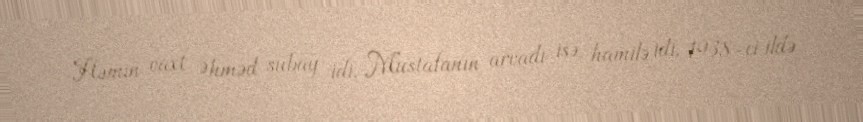
Həmin vaxt Əhməd subay idi. Mustafanın arvadı isə hamilə idi. 1938-ci ildə